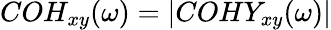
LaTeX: COH_{xy}(\omega)=|COHY_{xy}(\omega)|